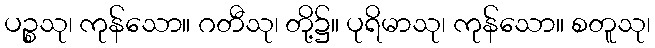
ပဉ္စသု၊ ကုန်သော။ ဂတီသု၊ တို့၌။ ပုရိမာသု၊ ကုန်သော။ စတူသု၊